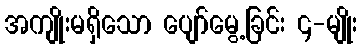
အကျိုးမရှိသော ပျော်မွေ့ခြင်း ၄-မျိုး